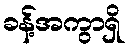
ခန့်အကွာရှိ